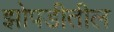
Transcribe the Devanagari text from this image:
झोपडीतील